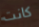
كانت